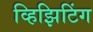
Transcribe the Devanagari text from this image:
व्हिझिटिंग